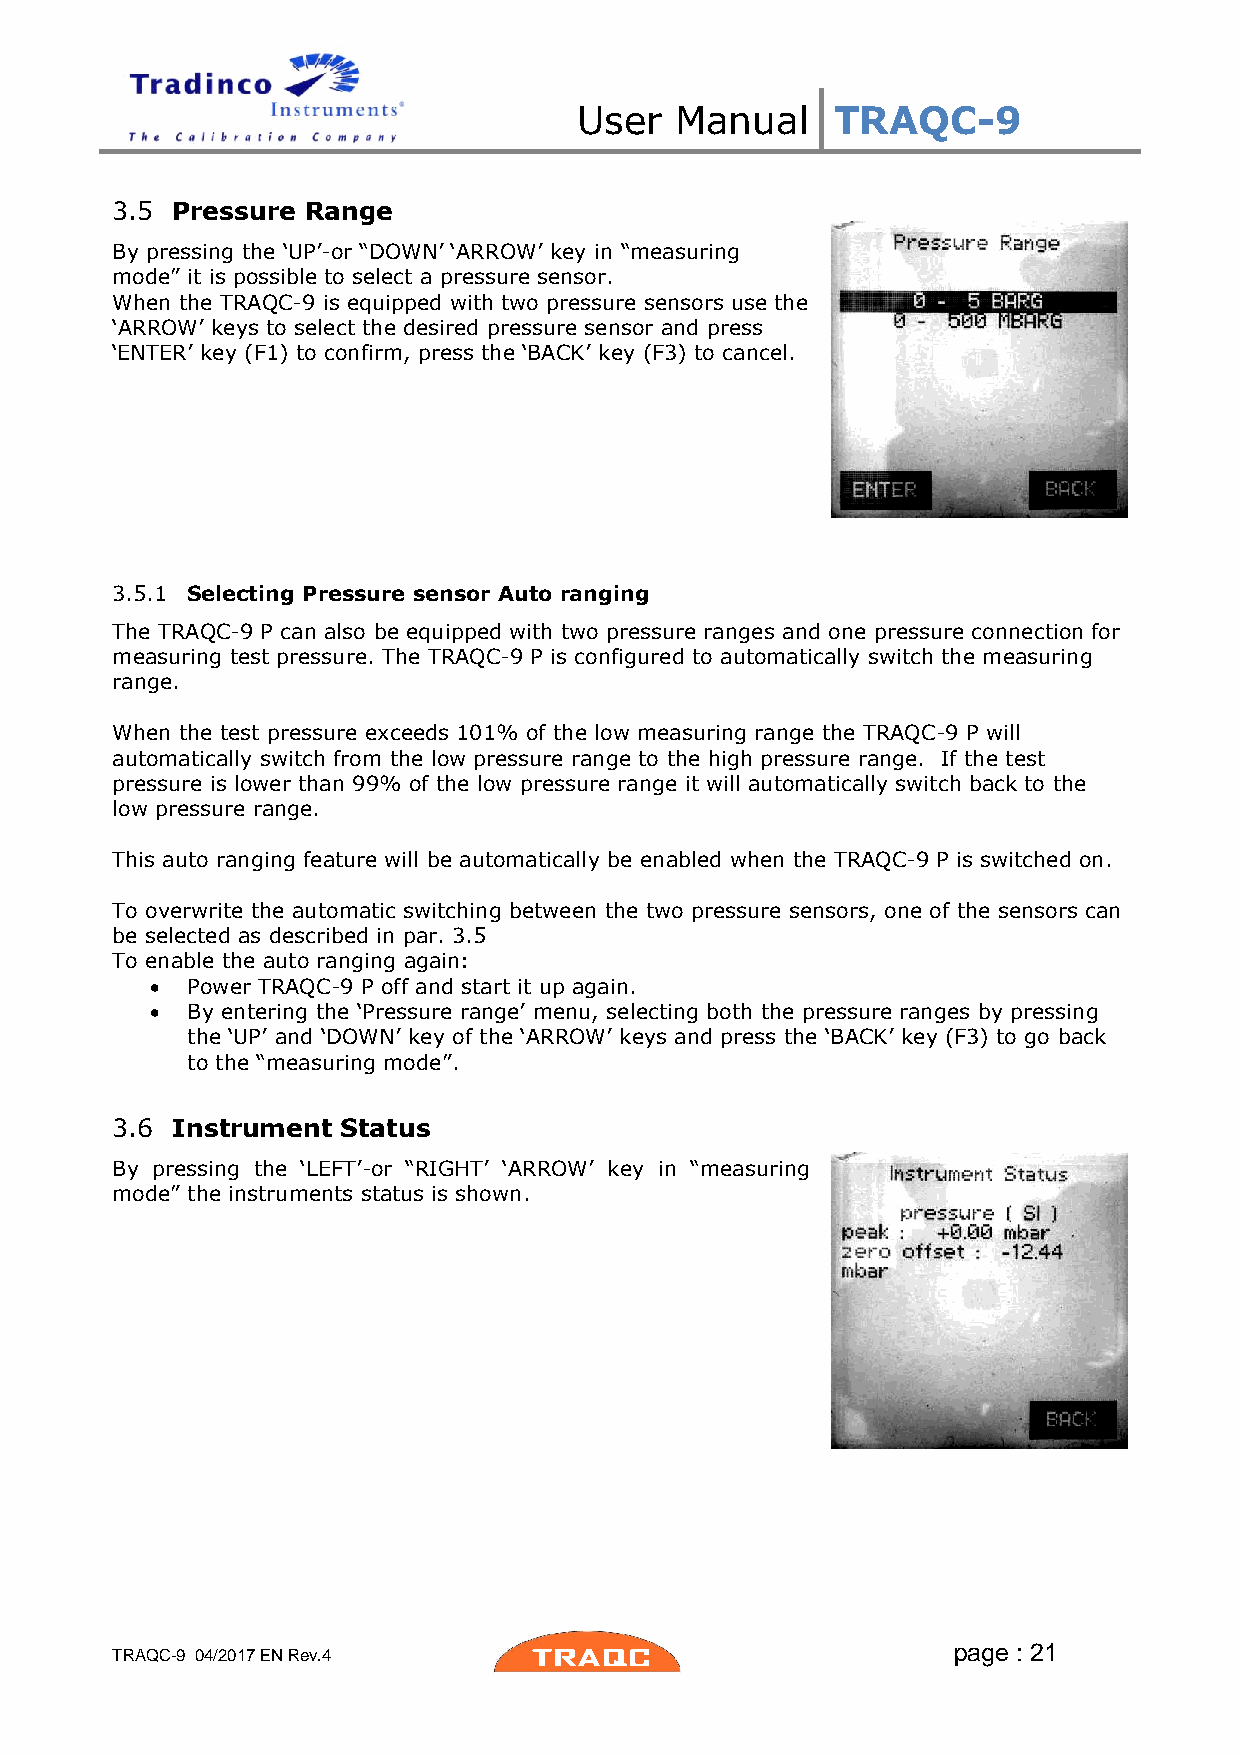
User   Manual    TRAQC-9
 3.5 Pressure Range
 By pressing the ‘UP’-or “DOWN’ ‘ARROW’ key in “measuring
 mode” it is possible to select a pressure sensor.
 When the TRAQC-9 is equipped with two pressure sensors use the
 ‘ARROW’ keys to select the desired pressure sensor and press
 ‘ENTER’ key (F1) to confirm, press the ‘BACK’ key (F3) to cancel.
 3.5.1 Selecting Pressure sensor Auto ranging
 The TRAQC-9 P can also be equipped with two pressure ranges and one pressure connection for
 measuring test pressure. The TRAQC-9 P is configured to automatically switch the measuring
 range.
 When the test pressure exceeds 101% of the low measuring range the TRAQC-9 P will
 automatically switch from the low pressure range to the high pressure range. If the test
 pressure is lower than 99% of the low pressure range it will automatically switch back to the
 low pressure range.
 This auto ranging feature will be automatically be enabled when the TRAQC-9 P is switched on.
 To overwrite the automatic switching between the two pressure sensors, one of the sensors can
 be selected as described in par. 3.5
 To enable the auto ranging again:
  Power TRAQC-9 P off and start it up again.
  By entering the ‘Pressure range’ menu, selecting both the pressure ranges by pressing
 the ‘UP’ and ‘DOWN’ key of the ‘ARROW’ keys and press the ‘BACK’ key (F3) to go back
 to the “measuring mode”.
 3.6 Instrument  Status
 By pressing the ‘LEFT’-or “RIGHT’ ‘ARROW’ key in “measuring
 mode” the instruments status is shown.
 page : 21
 TRAQC-9 04/2017 EN Rev.4